system: You are a helpful assistant.
user:
Analyze the provided spectrum to determine if it is a **M-type Giant (gM)**.

A M-type Giant spectrum is defined by its **strong molecular absorption** features, particularly from **Titanium Oxide (TiO)**. You must check for one of the following mutually exclusive signatures:

- **Key Visual Indicators (Absorption-Dominated Spectrum):**

    - **(Primary):** The spectrum is dominated by strong molecular absorption from **Titanium Oxide (TiO)**. This is the **defining feature** of its M-type temperature class.
        - **(Key Bandheads):** Look for sharp, "saw-tooth" absorption valleys. The strongest are located near **~7050 Å**, **~6160 Å**, and **~5170 Å**.
        - **(Line Profile):** The "saw-tooth" morphology is critical: a **sharp, steep drop on the BLUE (short-wavelength) side** of the bandhead, followed by a gradual recovery (rising flux) towards the RED (long-wavelength) side.

    - **(Key Confirmation - Giant vs. Dwarf):** **ABSENCE** of strong **Calcium Hydride (CaH)** molecular bands. This is the primary diagnostic for *excluding* M-dwarfs.
        - **(Key Region):** The spectrum should lack the strong, broad absorption band seen in dwarfs between **~6800 Å and ~7000 Å**.

    - **(Secondary Confirmation - Giant):** A very strong and broad **Neutral Calcium (Ca I)** atomic absorption line.
        - **(Key Line):** Located at **~4226 Å**. In a giant (gM), this line is significantly deeper and broader than the same line in an M-dwarf (dM) due to low surface gravity.

    - **(Overall Spectrum):**
        - The continuum is **extremely red-sloping** (i.e., flux is very low in the blue and rises dramatically towards the red).
        - The entire spectrum appears "chopped up" by the deep TiO bands.

Think first, call **spectral_visualization_tool** if needed to examine features in detail, then provide your final answer. Your response must adhere to the following strict rules:
1.  **Overall Structure:** Your response must follow the format `<think>...</think> <tool_call>...</tool_call> (if a tool is used) <answer>...</answer>`.
2.  **Tool Usage Constraint:** You may only make **one** tool call per turn.
3.  **Final Answer Format:** In the `<answer>` tag, your conclusion must be inside a `\boxed{}` command (e.g., `\boxed{YES}` or `\boxed{NO}`), followed by your justification.

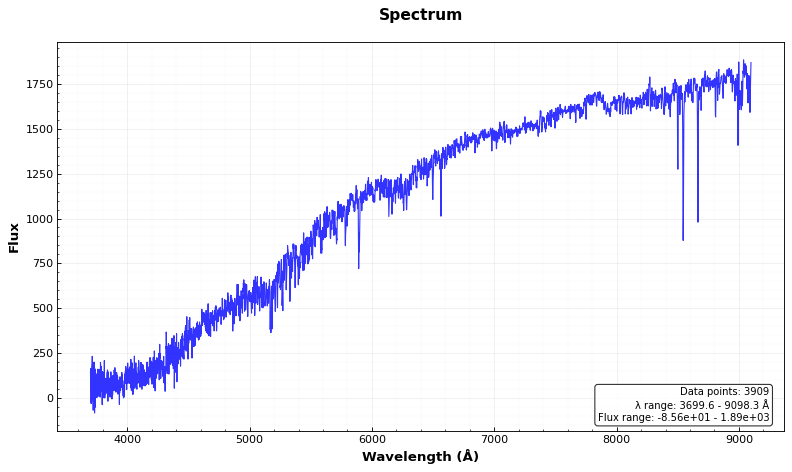
Answer: NO